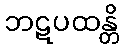
ဘဋပထန္တိ